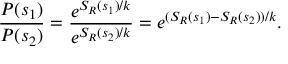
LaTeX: { \frac { P ( s _ { 1 } ) } { P ( s _ { 2 } ) } } = { \frac { e ^ { S _ { R } ( s _ { 1 } ) / k } } { e ^ { S _ { R } ( s _ { 2 } ) / k } } } = e ^ { ( S _ { R } ( s _ { 1 } ) - S _ { R } ( s _ { 2 } ) ) / k } .